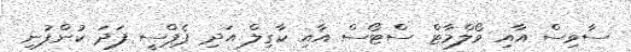
ސާވިސް އާއި ވޯލްމާޓް ސްޓޯސް އާއި ކާގިލް އަދި ޕެޕްސީ ފަދަ ކުންފުނި